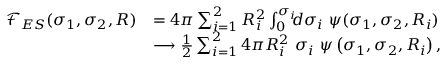
\begin{array} { r l } { { \mathcal F } _ { E S } ( \sigma _ { 1 } , \sigma _ { 2 } , R ) } & { = 4 \pi \sum _ { i = 1 } ^ { 2 } R _ { i } ^ { 2 } \int _ { 0 } ^ { \sigma _ { i } } \! \! \! d \sigma _ { i } ~ \psi ( \sigma _ { 1 } , \sigma _ { 2 } , R _ { i } ) } \\ & { \longrightarrow \frac { 1 } { 2 } \sum _ { i = 1 } ^ { 2 } 4 \pi R _ { i } ^ { 2 } ~ \sigma _ { i } ~ \psi \left( \sigma _ { 1 } , \sigma _ { 2 } , R _ { i } \right) , } \end{array}